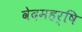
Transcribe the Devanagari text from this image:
वेदमहर्षि